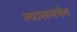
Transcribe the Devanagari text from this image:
त्यासमवेत